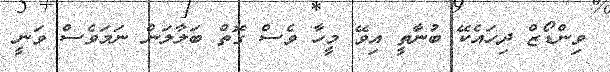
ވިންޑޯޒް ދިހައެކޭ ބުނާތީ އިވޭ މީހާ ވެސް ގޮތް ބަލާލަން ނަމަވެސް ވަނީ